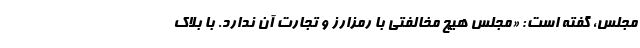
مجلس، گفته است: «مجلس هيچ مخالفتی با رمزارز و تجارت آن ندارد. با بلاك